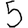
Digit: 5